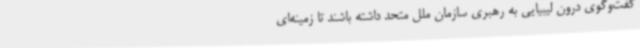
گفت‌وگوی درون لیبیایی به رهبری سازمان ملل متحد داشته باشند تا زمینه‌ای